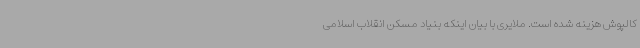
کالپوش هزینه شده است.‌ ملایری با بیان اینکه بنیاد مسکن انقلاب اسلامی